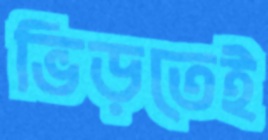
ভিড়তেই